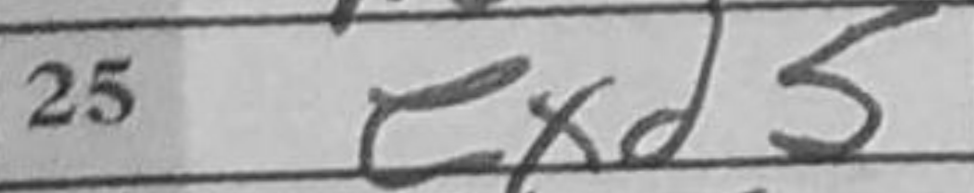
Transcription: exd5